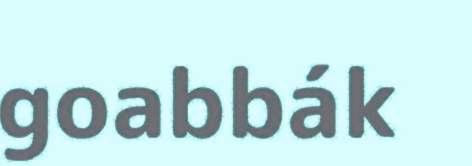
goabbák